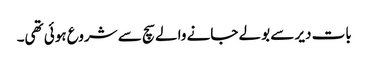
بات دیر سے بولے جانے والے سچ سے شروع ہوئی تھی۔